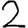
Digit: 2